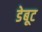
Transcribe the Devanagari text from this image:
डेबूट